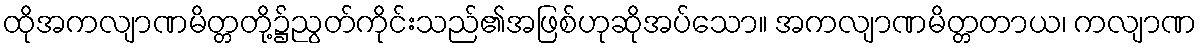
ထိုအကလျာဏမိတ္တတို့၌ညွတ်ကိုင်းသည်၏အဖြစ်ဟုဆိုအပ်သော။ အကလျာဏမိတ္တတာယ၊ ကလျာဏ